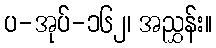
ပ-အုပ်-၁၆၂၊ အညွှန်း။